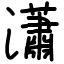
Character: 瀟